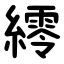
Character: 䌢